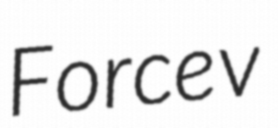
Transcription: Force v